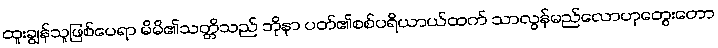
ထူးချွန်သူဖြစ်ပေရာ မိမိ၏သတ္တိသည် ဘိုနာ ပတ်၏စစ်ပရိယာယ်ထက် သာလွန်မည်လောဟုတွေးတော